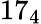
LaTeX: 17_{4}